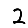
Digit: 2